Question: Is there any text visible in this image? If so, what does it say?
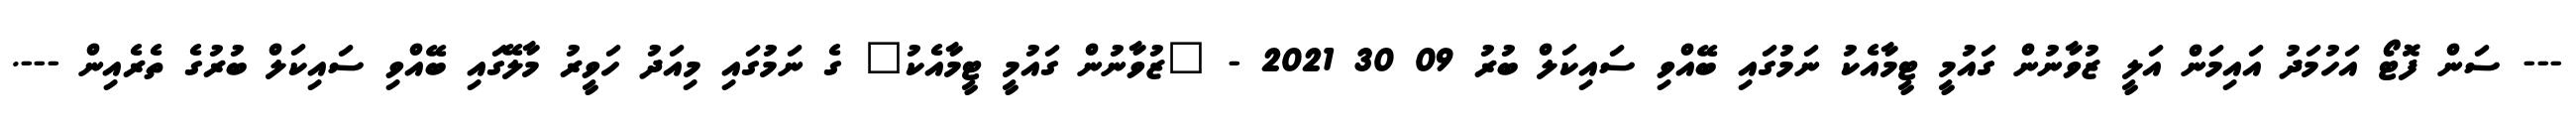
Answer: --- ސަން ފޮޓޯ އަހުމަދު އައިމަން އަލީ ޒުވާނުން ގައުމީ ޓީމާއެކު ނަމުގައި ބޭއްވި ސައިކަލް ބުރު 09 30 2021 - "ޒުވާނުން ގައުމީ ޓީމާއެކު" ގެ ނަމުގައި މިއަދު ހަވީރު މާލޭގައި ބޭއްވި ސައިކަލް ބުރުގެ ތެރެއިން ---.